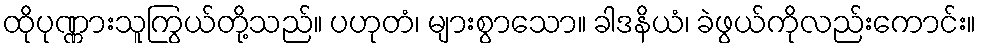
ထိုပုဏ္ဏားသူကြွယ်တို့သည်။ ပဟုတံ၊ များစွာသော။ ခါဒနိယံ၊ ခဲဖွယ်ကိုလည်းကောင်း။